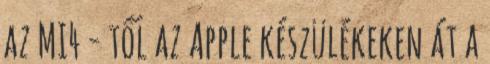
az MI4 - től az Apple készülékeken át a